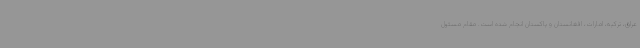
عراق، ترکیه، امارات، افغانستان و پاکستان انجام شده است. مقام مسئول